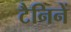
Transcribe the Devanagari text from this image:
टैनिनें